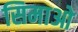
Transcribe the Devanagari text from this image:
सिमाओ